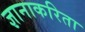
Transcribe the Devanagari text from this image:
ज्ञानाकरिता